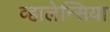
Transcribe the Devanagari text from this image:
व्हालेन्सिया